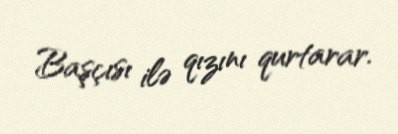
Başçısı ilə qızını qurtarar.